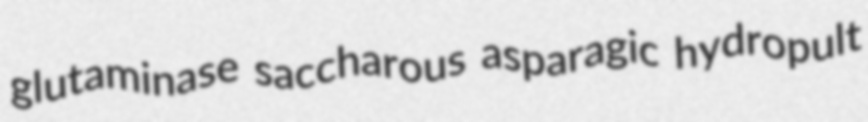
glutaminase saccharous asparagic hydropult